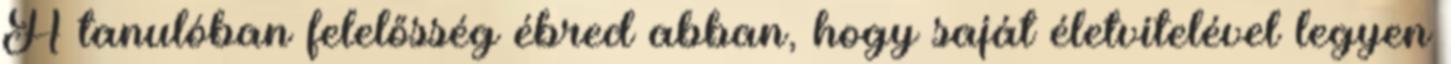
A tanulóban felelősség ébred abban, hogy saját életvitelével legyen